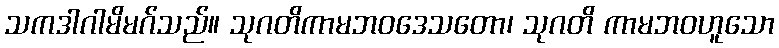
သကဒါဂါမိမဂ်သည်။ သုဂတိကာမဘဝဒေသတော၊ သုဂတိ ကာမဘဝဟူသော